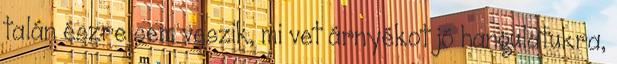
talán észre sem veszik, mi vet árnyékot jó hangulatukra,